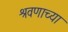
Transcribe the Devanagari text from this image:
श्रवणाच्या